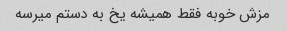
مزش خوبه فقط همیشه یخ به دستم میرسه